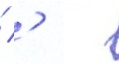
 '